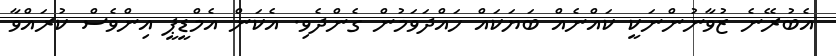
އެބުރޭނެ ޒުވާނުންނަކީ ކައްނެއް ބަޔަކައް ހައްދަވަމުން ގެންދެވި. އެކަން އެމްޑީޕީ އިންވެސް ކުރައްވާ